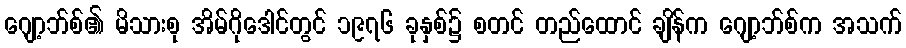
ဂျော့ဘ်စ်၏ မိသားစု အိမ်ဂိုဒေါင်တွင် ၁၉၇၆ ခုနှစ်၌ စတင် တည်ထောင် ချိန်က ဂျော့ဘ်စ်က အသက်